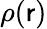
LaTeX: \rho(\mathsf{r})